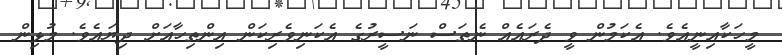
މީހަކާއިނީއެވެ. އެކަމުން ވީ ދެރައެއް ނެތަސް ނަސީރުގެ އެކަނިވެރިކަން އިންތިހާއަށް ދިޔައެވެ. މުޅިން